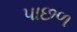
પાછળ